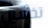
تخشين